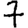
Digit: 7